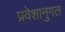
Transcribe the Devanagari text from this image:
प्रवेशानुगत